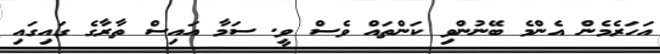
އަހަރެމެން އެންމެ ބޭނުންވި ކަންތައް ވެސް ވީ. ސަމާ އައިސް ތާރާގެ ގައިގައި